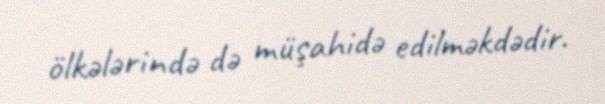
ölkələrində də müşahidə edilməkdədir.